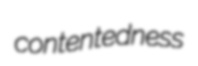
contentedness